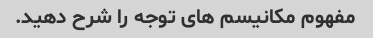
مفهوم مکانیسم های توجه را شرح دهید.